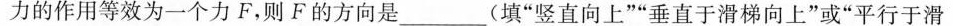
力的作用等效为一个力F，则F的方向是___(填“竖直向上”“垂直于滑梯向上”或“平行于滑